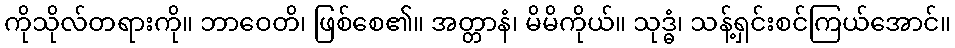
ကိုသိုလ်တရားကို။ ဘာဝေတိ၊ ဖြစ်စေ၏။ အတ္တာနံ၊ မိမိကိုယ်။ သုဒ္ဓံ၊ သန့်ရှင်းစင်ကြယ်အောင်။